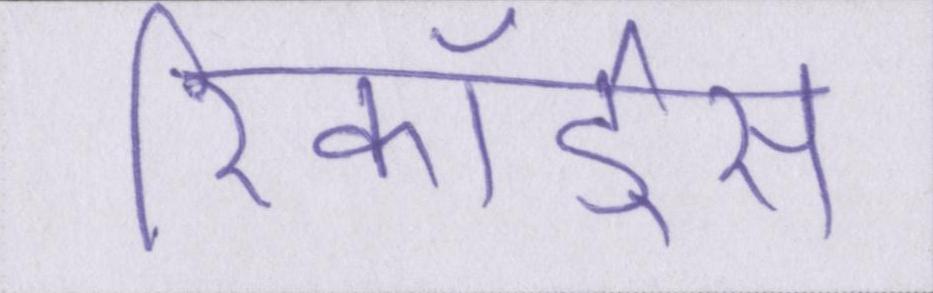
रिकॉर्ड्स